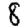
Digit: 8